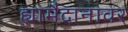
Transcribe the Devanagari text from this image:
ह्यामैदानावर